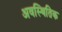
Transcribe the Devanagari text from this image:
अवस्थितिक